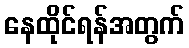
နေထိုင်ရန်အတွက်